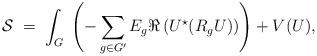
LaTeX: \begin{align*}{\cal S} \; = \; \int_G \; \left( - \sum_{g \in G'} E_g \Re\left( U^\star ( R_g U) \right) \right) + V(U),\end{align*}